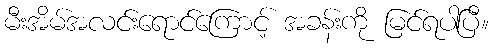
မီးအိမ်အလင်းရောင်ကြောင့် အခန်းကို မြင်ရပါပြီ။